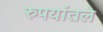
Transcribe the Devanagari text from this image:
रुपयांतले